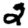
Digit: 2